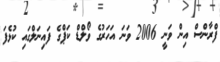
ފްރާންސް އިން ވަނީ 2006 ވަނަ އަހަރުގެ ވޯލްޑް ކަޕްގެ ފައިނަލްގައި ކުޅެފަ